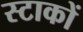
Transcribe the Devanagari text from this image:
स्टाकों